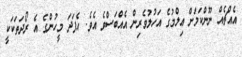
އެއްޗެއް ނޫންކަމަށް ޢިލްމުގެ އަހުލުވެރިން އެއްބަސްވެ އެވެ. އެފަދަ މީހުންގެ އެ ރޯދަތަކަކީ